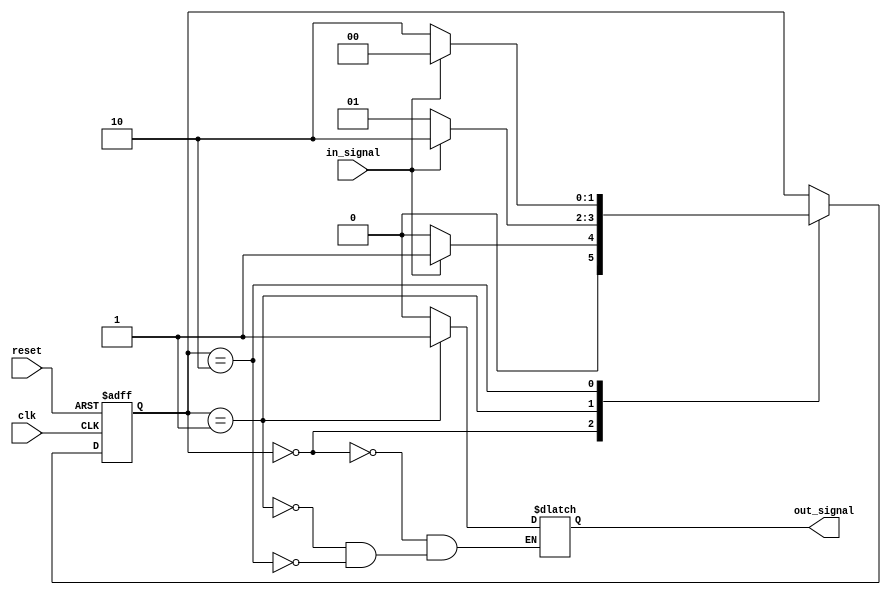
module Moore_State_Machine (
    input wire clk,       // Clock input
    input wire reset,     // Reset input
    input wire in_signal, // Input signal
    output reg out_signal // Output signal
);

    // Declare state register and output register
    reg [1:0] state_reg;
    
    // State definitions
    parameter S0 = 2'b00;
    parameter S1 = 2'b01;
    parameter S2 = 2'b10;
    
    // Define state transitions
    always @(posedge clk or posedge reset) begin
        if (reset) begin
            state_reg <= S0;
        end else begin
            case (state_reg)
                S0: begin
                    if (in_signal) begin
                        state_reg <= S1;
                    end else begin
                        state_reg <= S0;
                    end
                end
                S1: begin
                    if (in_signal) begin
                        state_reg <= S2;
                    end else begin
                        state_reg <= S1;
                    end
                end
                S2: begin
                    if (in_signal) begin
                        state_reg <= S0;
                    end else begin
                        state_reg <= S2;
                    end
                end
            endcase
        end
    end
    
    // Define output based on current state
    always @(*) begin
        case (state_reg)
            S0: out_signal = 1'b0;
            S1: out_signal = 1'b1;
            S2: out_signal = 1'b0;
        endcase
    end

endmodule